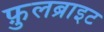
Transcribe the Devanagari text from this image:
फ़ुलब्राइट